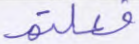
فعلتم